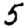
Digit: 5